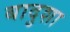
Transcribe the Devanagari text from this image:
बादुशा